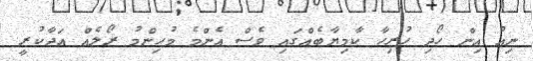
ނިއު އިން ހޯދި ހުރިހާ ކާމިޔާބެއްގައި ވެސް އެންމެ މުހިންމު ރޯލެއް އަދާކުރީ